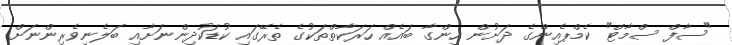
"ސާފް ސްމާޓް" ކެމްޕެއިންގެ ދަށުން ހިންގާ ބައެއް ހަރަކާތްތަކުގެ ތެރޭގައި ކުޑަކުދިންނަށާއި ބަލެނިވެރިންނަށް